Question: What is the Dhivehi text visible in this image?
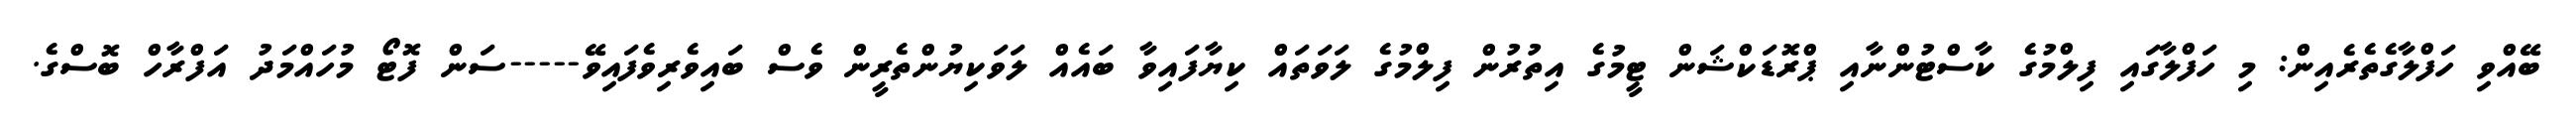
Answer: ބޭއްވި ހަފްލާގެތެރެއިން: މި ހަފްލާގައި ފިލްމުގެ ކާސްޓުންނާއި ޕްރޮޑަކްޝަން ޓީމުގެ އިތުރުން ފިލްމުގެ ލަވަތައް ކިޔާފައިވާ ބައެއް ލަވަކިޔުންތެރީން ވެސް ބައިވެރިވެފައިވޭ-----ސަން ފޮޓޯ މުހައްމަދު އަފްރާހް ބޮސްގެ.